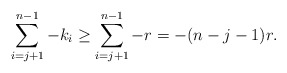
\begin{align*}\sum\limits_{i =j+1}^{n-1}-k_i \geq \sum\limits_{i =j +1}^{n-1} -r = -(n-j-1)r.\end{align*}